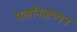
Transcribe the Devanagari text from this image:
पलनिअप्पन